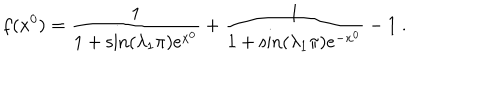
f ( x ^ { 0 } ) = \frac { 1 } { 1 + \sin ( \lambda _ { 1 } \pi ) e ^ { x ^ { 0 } } } + \frac { 1 } { 1 + \sin ( \lambda _ { 1 } \pi ) e ^ { - x ^ { 0 } } } - 1 ~ .